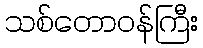
သစ်တောဝန်ကြီး